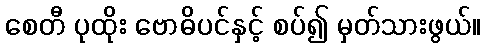
စေတီ ပုထိုး ဗောဓိပင်နှင့် စပ်၍ မှတ်သားဖွယ်။